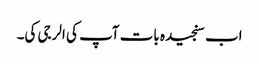
اب سنجیدہ بات آپ کی الرجی کی۔